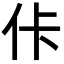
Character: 佧